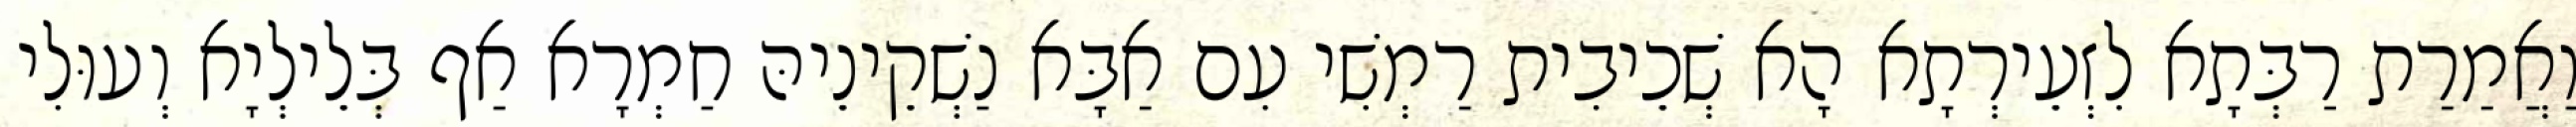
וַאֲמַרַת רַבְּתָא לִזְעֵירְתָא הָא שְׁכֵיבִית רַמְשִׁי עִם אַבָּא נַשְׁקֵינֵיהּ חַמְרָא אַף בְּלֵילְיָא וְעוּלִי